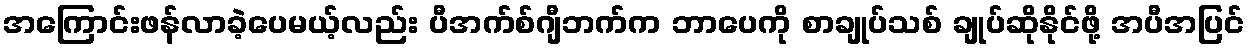
အကြောင်းဖန်လာခဲ့ပေမယ့်လည်း ပီအက်စ်ဂျီဘက်က ဘာပေကို စာချုပ်သစ် ချုပ်ဆိုနိုင်ဖို့ အပီအပြင်